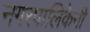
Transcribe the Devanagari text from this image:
नगरपालिकेनी